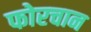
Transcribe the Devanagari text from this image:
फोरचान